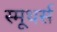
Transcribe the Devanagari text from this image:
स्मूथर्स